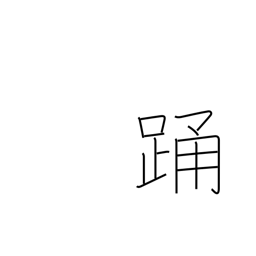
Meaning: jump